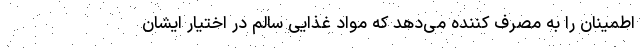
اطمینان را به مصرف کننده می‌دهد که مواد غذایی سالم در اختیار ایشان